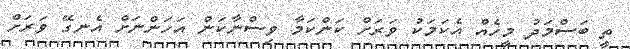
ތީ ބަސްމަދު މީހެއް އެކަމަކު ވަރަށް ކަންކަމާ ވިސްނާކަން އަހަންނަށް އެނގޭ ވަރަށް